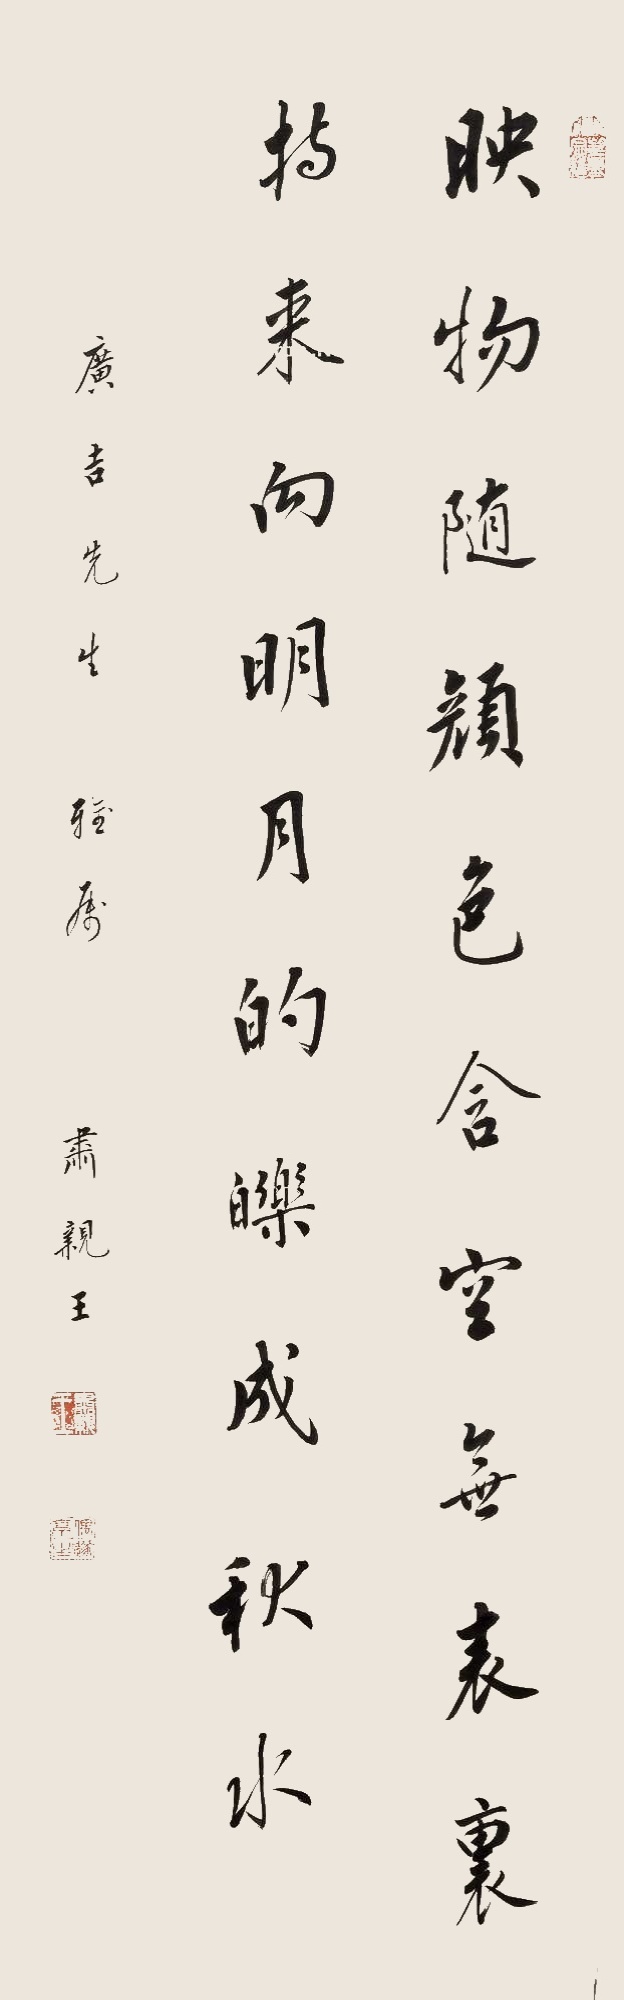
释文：映物随颜色，含空无表里。持来向明月，的皪成秋水。广吉先生雅属，肃亲王。